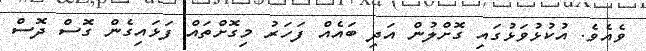
ވެއެވެ. އުކުޅުވަޅުގައި ގޮށްލުން އަދި ބައެއް ފަހަރު މިގޮށްތައް ފަޅައިގެން ގޮސް ދޮސް